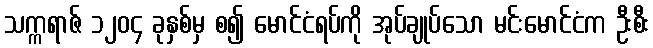
သက္ကရာဇ် ၁၂၀၄ ခုနှစ်မှ စ၍ မောင်ငံရပ်ကို အုပ်ချုပ်သော မင်းမောင်ငံက ဦးစီး